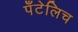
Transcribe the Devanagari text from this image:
पँटेलिच